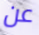
عن